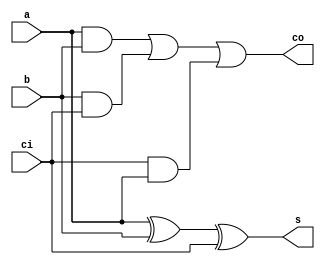
// full adder, dataflow style

module add (a, b, ci, s, co);

	input a, b, ci;
	output s, co;
	
	assign s = a ^ b ^ ci;
	assign co = a & b | b & ci | ci & a;

endmodule